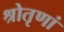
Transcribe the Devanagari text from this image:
श्रोतृणां